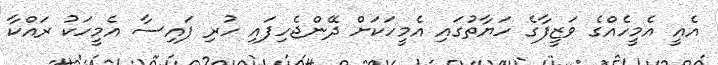
އެއީ އެމީހެއްގެ ވަޒީފާގެ ހަޔާތުގައި އެމީހަކަށް ދޭންޖެހިފައި ހުރި ފައިސާ އެމީހަކު ރައްކާ